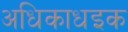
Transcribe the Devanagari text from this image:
अधिकाधइक